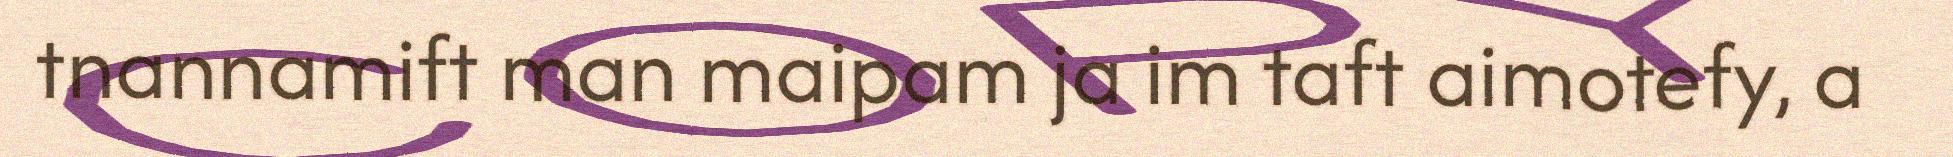
tnannamift man maipam ja im taft aimotefy, a